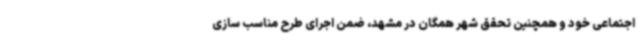
اجتماعی خود و همچنین تحقق شهر همگان در مشهد، ضمن اجرای طرح مناسب سازی